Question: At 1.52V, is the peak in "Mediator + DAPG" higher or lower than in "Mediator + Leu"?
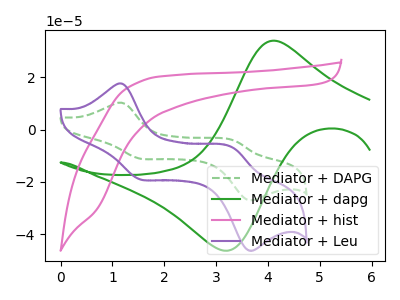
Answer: <think>The green dashed curve "Mediator + DAPG" has anodic peaks at (1.20V, 10.25uA) (3.35V, -4.05uA) and cathodic peaks at (1.50V, -11.05uA) (3.60V, -26.95uA). The green curve "Mediator + dapg" has an anodic peak at (4.10V, 34.00uA) and a cathodic peak at (3.15V, -46.30uA). The pink curve "Mediator + hist" has no peaks. The purple curve "Mediator + Leu" has anodic peaks at (1.20V, 17.50uA) (3.35V, -6.95uA) and cathodic peaks at (1.50V, -18.95uA) (3.60V, -46.10uA).</think>
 <answer>The peak at 1.52V is lower in "Mediator + DAPG" than in "Mediator + Leu".</answer>
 <eval>lower</eval>